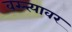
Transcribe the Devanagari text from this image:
वस्त्त्यावर